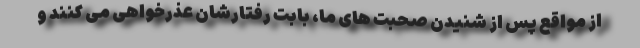
از مواقع پس از شنیدن صحبت های ما، بابت رفتارشان عذرخواهی می کنند و